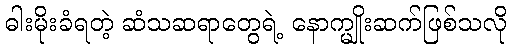
ဓါးမိုးခံရတဲ့ ဆံသဆရာတွေရဲ့ နောက္မျိုးဆက်ဖြစ်သလို